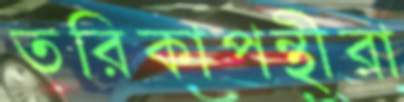
তরিকাপন্থীরা